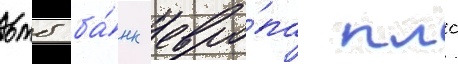
втб ба́нк евро́па плс